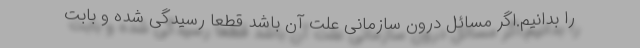
را بدانیم.اگر مسائل درون سازمانی علت آن باشد قطعا رسیدگی شده و بابت